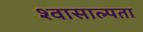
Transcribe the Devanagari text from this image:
श्वासाल्पता